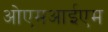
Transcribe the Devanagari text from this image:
ओएमआईएम